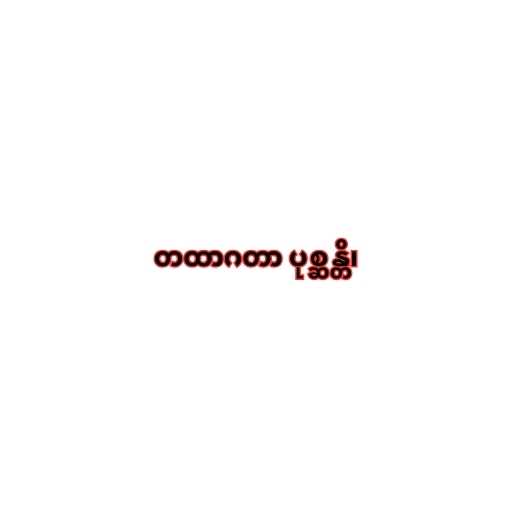
တထာဂတာ ပုစ္ဆန္တိ၊